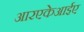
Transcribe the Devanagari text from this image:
आरएकेआईए